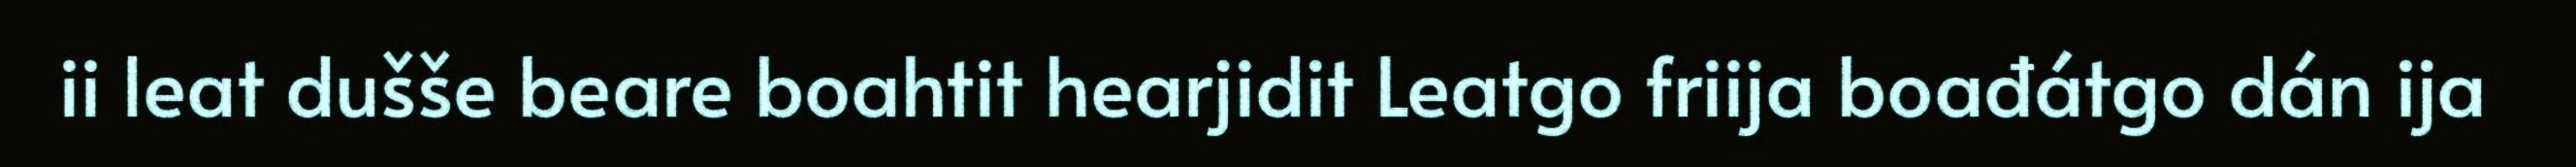
ii leat dušše beare boahtit hearjidit Leatgo friija boađátgo dán ija